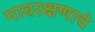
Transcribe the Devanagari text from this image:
गावरक्षणाचे